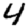
Digit: 4